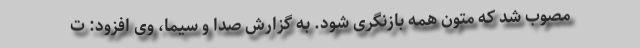
مصوب شد که متون همه بازنگری شود. به گزارش صدا و سیما، وی افزود: ت